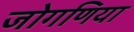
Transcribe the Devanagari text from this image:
जोगणिया